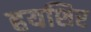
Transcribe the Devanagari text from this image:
हयशिर